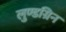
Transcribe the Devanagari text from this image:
लुण्डग्रिन